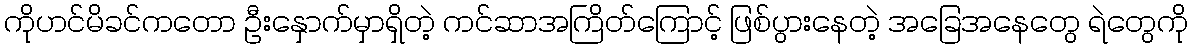
ကိုဟင်မိခင်ကတော ဦးနှောက်မှာရှိတဲ့ ကင်ဆာအကြိတ်ကြောင့် ဖြစ်ပွားနေတဲ့ အခြေအနေတွေ ရဲတွေကို